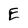
Character: E